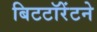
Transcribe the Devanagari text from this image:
बिटटॉरेंटने